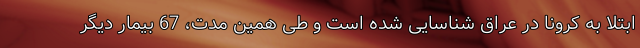
ابتلا به کرونا در عراق شناسایی شده است و طی همین مدت، 67 بیمار دیگر